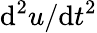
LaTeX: {\mathrm{d}^{2}u}/{\mathrm{d}t^{2}}